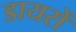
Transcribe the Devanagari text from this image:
डायरों